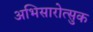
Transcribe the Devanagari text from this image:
अभिसारोत्सुक